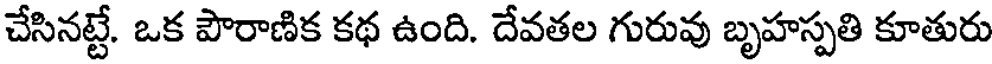
చేసినట్టే. ఒక పౌరాణిక కథ ఉంది. దేవతల గురువు బృహస్పతి కూతురు